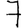
Digit: 7